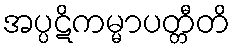
အပ္ပဋိကမ္မာပတ္တီတိ